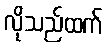
လိုသည်ထက်